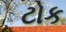
ટોક